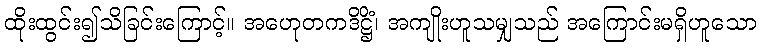
ထိုးထွင်း၍သိခြင်းကြောင့်။ အဟေုတကဒိဋ္ဌိံ၊ အကျိုးဟူသမျှသည် အကြောင်းမရှိဟူသော